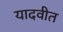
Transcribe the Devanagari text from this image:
यादवीत